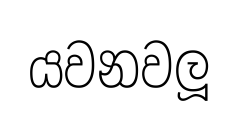
යවනවලූ